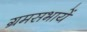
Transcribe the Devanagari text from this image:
ग्रमसभायें